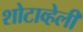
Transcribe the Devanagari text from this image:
शोटाव्हेली